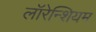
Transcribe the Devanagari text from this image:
लॉरेन्शियम